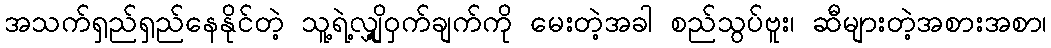
အသက်ရှည်ရှည်နေနိုင်တဲ့ သူ့ရဲ့လျှို့ဝှက်ချက်ကို မေးတဲ့အခါ စည်သွပ်ဗူး၊ ဆီများတဲ့အစားအစာ၊